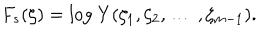
F _ { s } ( \zeta ) = \mathrm { l o g ~ } Y ( \zeta _ { 1 } , \zeta _ { 2 } , \ldots \: , \zeta _ { m - 1 } ) .